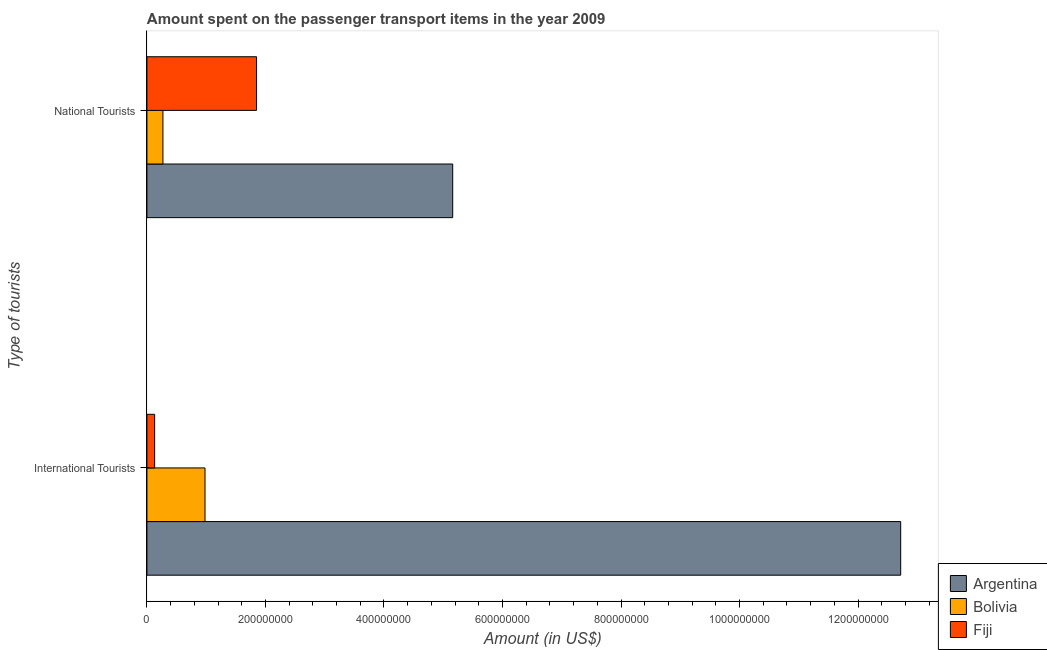
| Type of tourists | Argentina | Bolivia | Fiji |
 | --- | --- | --- | --- |
 | International Tourists | 1.27e+09 | 9.8e+07 | 1.3e+07 |
 | National Tourists | 5.16e+08 | 2.7e+07 | 1.85e+08 |